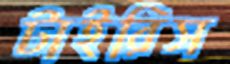
টাইরিস